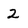
Character: 2